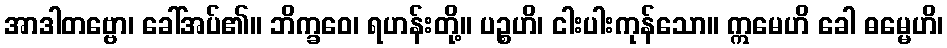
အာဒါတဗ္ဗော၊ ခေါ်အပ်၏။ ဘိက္ခဝေ၊ ရဟန်းတို့။ ပဉ္စဟိ၊ ငါးပါးကုန်သော။ ဣမေဟိ ခေါ ဓမ္မေဟိ၊